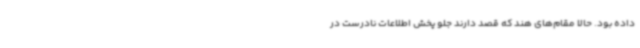
داده بود. حالا مقام‌های هند که قصد دارند جلو پخش اطلاعات نادرست در